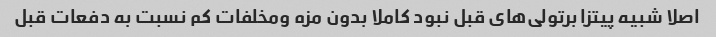
اصلا شبیه پیتزا برتولی‌های قبل نبود کاملا بدون مزه ومخلفات کم نسبت به دفعات قبل